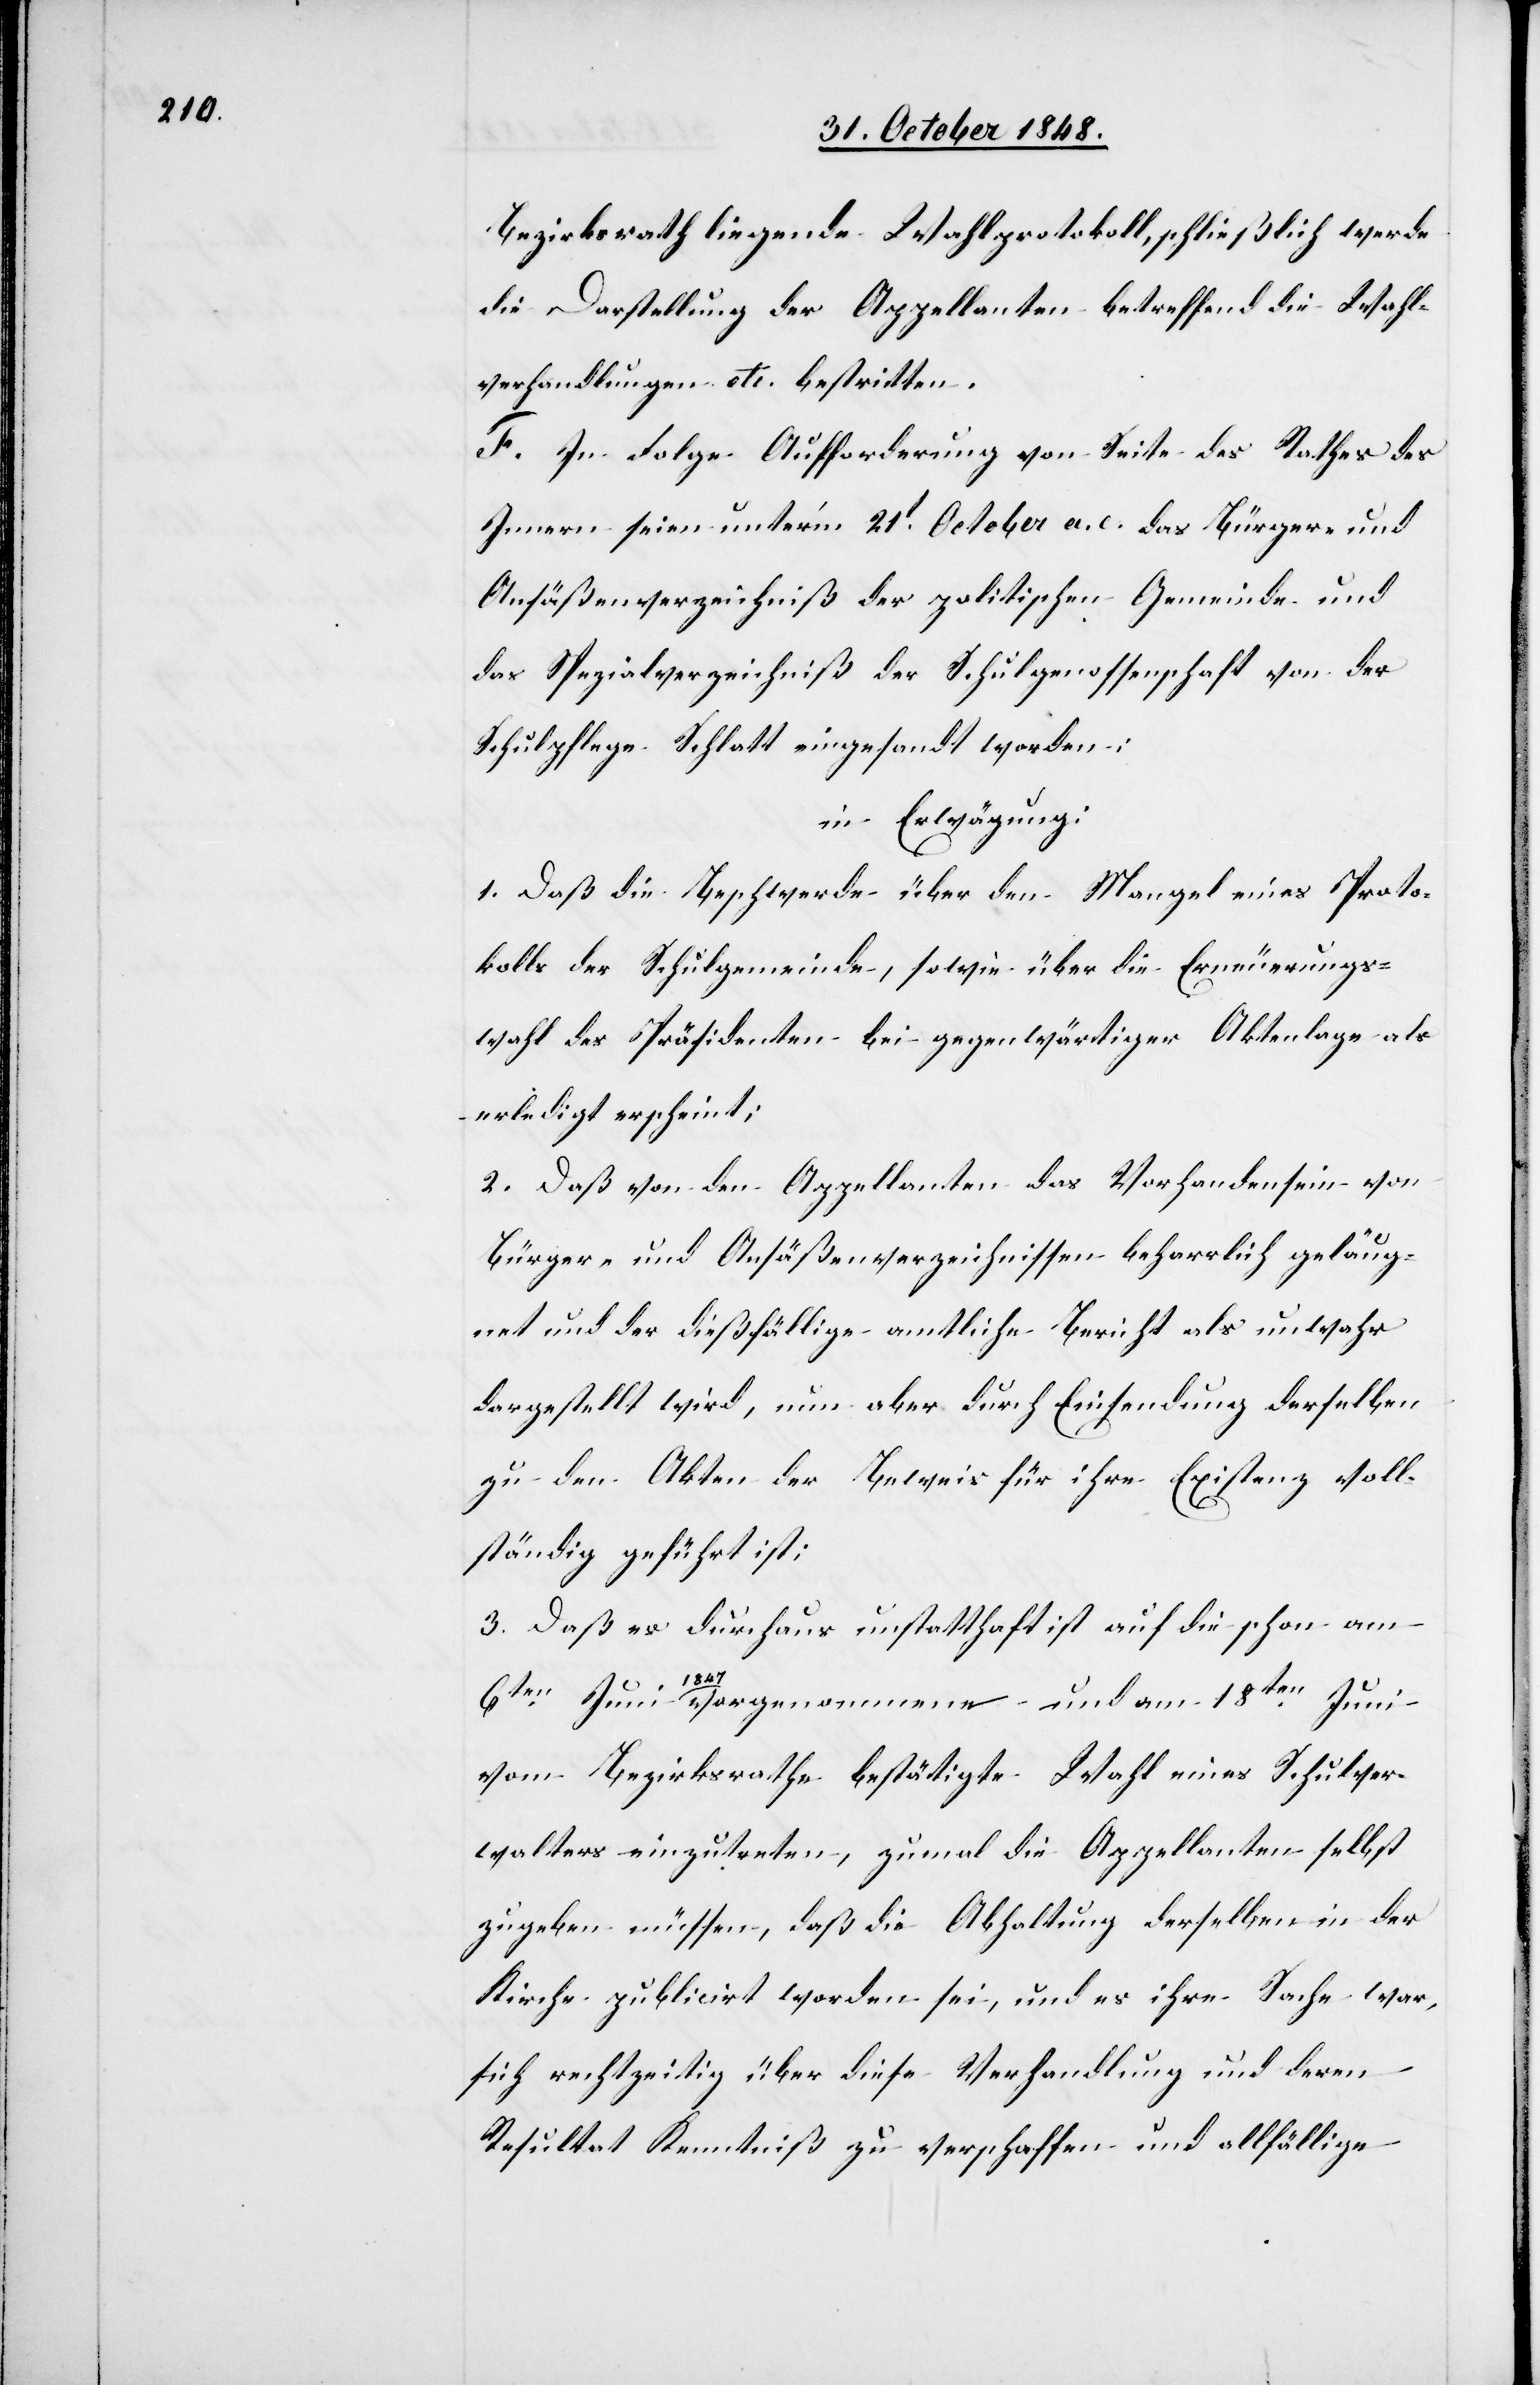
Bezirksrath liegende Wahlprotokoll, schließlich werde
die Darstellung der Appellanten betreffend die Wahl¬
verhandlungen etc. bestritten.
F. In Folge Aufforderung von Seite des Rathes des
Innern seien unter’m 21t October a. c. das Bürger- und
Ansäßenverzeichniß der politischen Gemeinde und
das Spezialverzeichniß der Schulgenossenschaft von der
Schulpflege Schlatt eingesandt worden;
in Erwägung:
1. Daß die Beschwerde über den Mangel eines Proto¬
kolls der Schulgemeinde, sowie über die Erneuerungs¬
wahl des Präsidenten bei gegenwärtiger Aktenlage als
erledigt erscheint;
2. Daß von den Appellanten das Vorhandensein von
Bürger- und Ansäßenverzeichnissen beharrlich geläug¬
net und der dießfällige amtliche Bericht als unwahr
dargestellt wird, nun aber durch Einsendung derselben
zu den Akten der Beweis für ihre Existenz voll¬
ständig geführt ist;
3. Daß es durchaus unstatthaft ist auf die schon am
6ten Juni 1847. vorgenommene und am 18ten Juni
vom Bezirksrathe bestätigte Wahl eines Schulver¬
walters einzutreten, zumal die Appellanten selbst
zugeben müssen, daß die Abhaltung derselben in der
Kirche publicirt worden sei, und es ihre Sache war,
sich rechtzeitig über diese Verhandlung und deren
Resultat Kenntniß zu verschaffen und allfällige